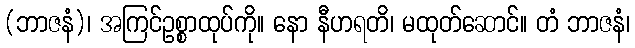
(ဘာဇနံ)၊ အကြင်ဥစ္စာထုပ်ကို။ နော နီဟရတိ၊ မထုတ်ဆောင်။ တံ ဘာဇနံ၊